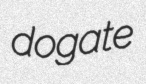
dogate